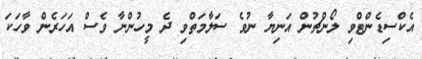
އެކްސިޑެންޓްވި ލޯންޗުން އަނިޔާ ނުވެ ސަލާމަތްވި ދެ މީހުންނާ ވެސް އަހަރެން ވާހަކަ